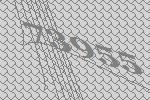
73955